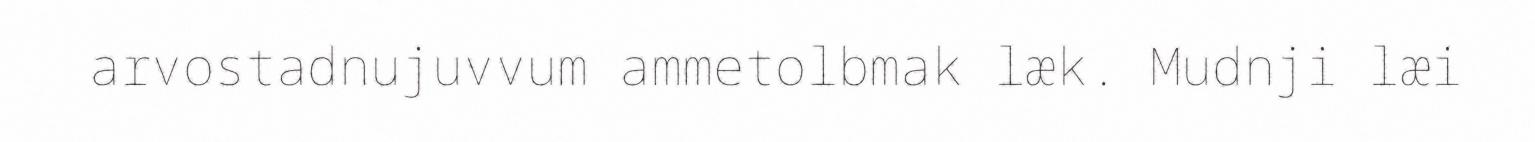
arvostadnujuvvum ammetolbmak læk. Mudnji læi